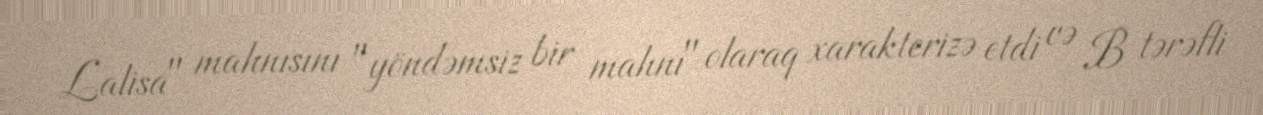
Lalisa" mahnısını "yöndəmsiz bir mahnı" olaraq xarakterizə etdi və B tərəfli